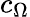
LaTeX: c_{\Omega}